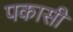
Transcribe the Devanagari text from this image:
पकासी